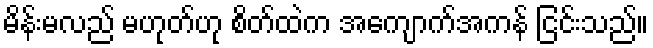
မိန်းမလည် မဟုတ်ဟု စိတ်ထဲက အကျောက်အကန် ငြင်းသည်။